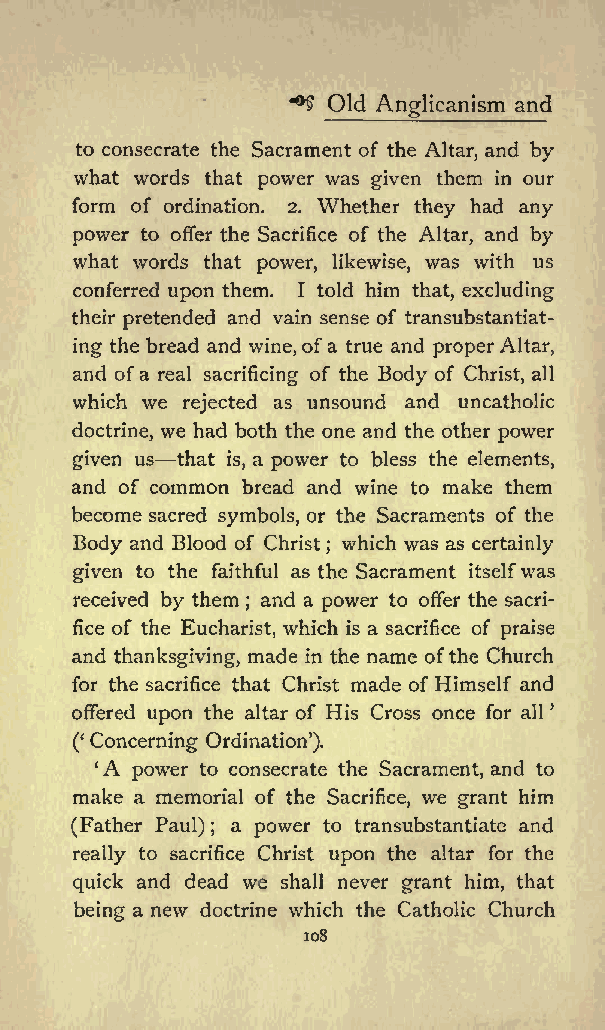
**$ Old Anglicanism and
 to consecrate the Sacrament of the Altar, and by
 what words that power was given them in our
 form of ordination. 2. Whether they had any
 power to offer the Sacrifice of the Altar, and by
 what words that power, likewise, was with us
 conferred upon them. I told him that, excluding
 their pretended and vain sense of transubstantiat
 ing the bread and wine, ofa true and proper Altar,
 and ofa real sacrificing of the Body of Christ, all
 which we rejected as unsound and uncatholic
 doctrine, we had both the one and the other power
 given us that is, a power to bless the elements,
 and of common bread and wine to make them
 become sacred symbols, or the Sacraments of the
 Body and Blood of Christ which was as certainly
 ;
 given to the faithful as the Sacrament itselfwas
 received by them and a power to offer the sacri
 ;
 fice of the Eucharist, which is a sacrifice of praise
 and thanksgiving, made in the name ofthe Church
 for the sacrifice that Christ made of Himself and
 offered upon the altar of His Cross once for all
 Concerning Ordination
 (               ).
 A
 power to consecrate the Sacrament, and to
 make a memorial of the Sacrifice, we grant him
 (Father Paul) a power to transubstantiate and
 ;
 really to sacrifice Christ upon the altar for the
 quick and dead we shall never grant him, that
 being a new doctrine which the Catholic Church
 108